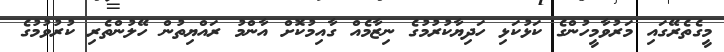
މީގެތެރޭގައި މަރުވާމީހުންގެ ކަޅުކަޅި ހަދިޔާކުރުމުގެ ނިޒާމެއް ގާއިމުކޮށް އާންމު ރައްޔިތުން ހޭލުންތެރި ކުރުވުމުގެ